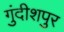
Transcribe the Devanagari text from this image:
गुंदीशपुर